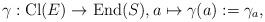
LaTeX: \begin{align*} \gamma : \mathrm{Cl}(E) \rightarrow \mathrm{End} (S),a\mapsto \gamma (a) :=\gamma_a,\end{align*}